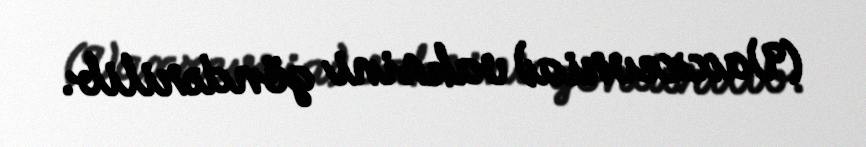
(Vaxzevria) vaksini göndərilib.